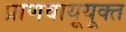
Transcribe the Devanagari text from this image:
प्राणवायूयूक्त